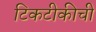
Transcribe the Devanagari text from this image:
टिकटीकीची